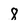
Character: 8